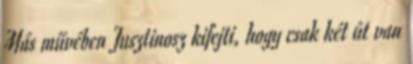
Más művében Jusztinosz kifejti, hogy csak két út van